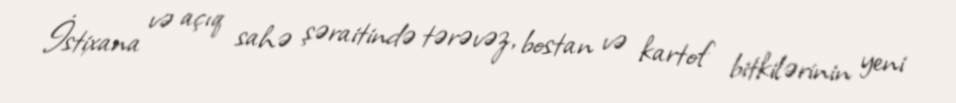
İstixana və açıq sahə şəraitində tərəvəz, bostan və kartof bitkilərinin yeni